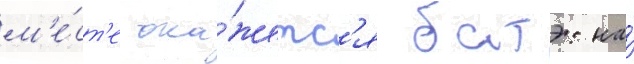
м'е́ст'е ока́жетс'я батэ: на́